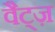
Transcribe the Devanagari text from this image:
वैट्ज़